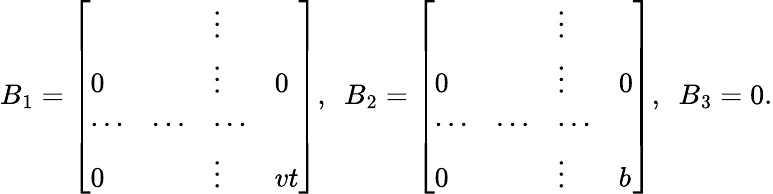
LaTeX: B_{1}=\left[\begin{array}{llll}{{}}&{{}}&{{\vdots}}&{{}}\\ {{0}}&{{}}&{{\vdots}}&{{0}}\\ {{\cdots}}&{{\cdots}}&{{\cdots}}&{{}}\\ {{0}}&{{}}&{{\vdots}}&{{vt}}\end{array}\right],\ \ B_{2}=\left[\begin{array}{llll}{{}}&{{}}&{{\vdots}}&{{}}\\ {{0}}&{{}}&{{\vdots}}&{{0}}\\ {{\cdots}}&{{\cdots}}&{{\cdots}}&{{}}\\ {{0}}&{{}}&{{\vdots}}&{{b}}\end{array}\right],\ \ B_{3}=0.